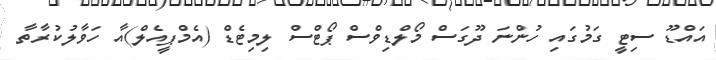
އައްޑޫ ސިޓީ ގަމުގައި ހުންނަ ދޫގަސް މޯލްޑިވްސް ޕޯޓްސް ލިމިޓެޑް (އެމްޕީއެލް)އާ ހަވާލުކުރާތާ